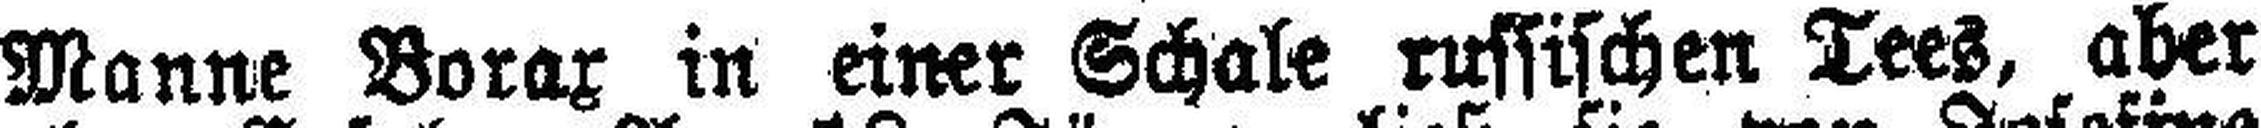
Manne Borax in einer Schale russischen Tees, aber